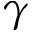
\gamma